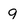
Character: q